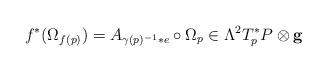
LaTeX: \begin{align*}f^*(\Omega _{f(p)}) = A_{\gamma (p)^{-1}*e}\circ \Omega _p \in\Lambda ^2T^*_pP\otimes {\bf g}\end{align*}